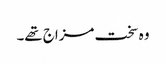
وہ سخت مزاج تھے۔